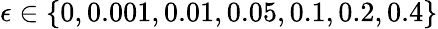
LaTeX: \epsilon\in\{ 0,0.001,0.01,0.05,0.1,0.2,0.4\}